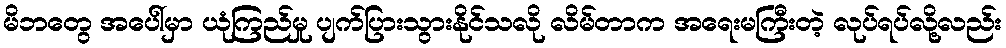
မိဘတွေ အပေါ်မှာ ယုံကြည်မှု ပျက်ပြားသွားနိုင်သလို လိမ်တာက အရေးမကြီးတဲ့ လုပ်ရပ်လို့လည်း